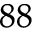
^ { 8 8 }